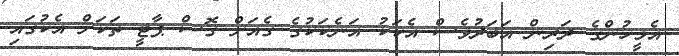
އެމީހުންގެ ދަރިން އަބަދުވެސް އެކަކު އަނެކަކުގެ ގެއަށް ގޮސް ޕާޓީ ތަކަށް އެކުގައި